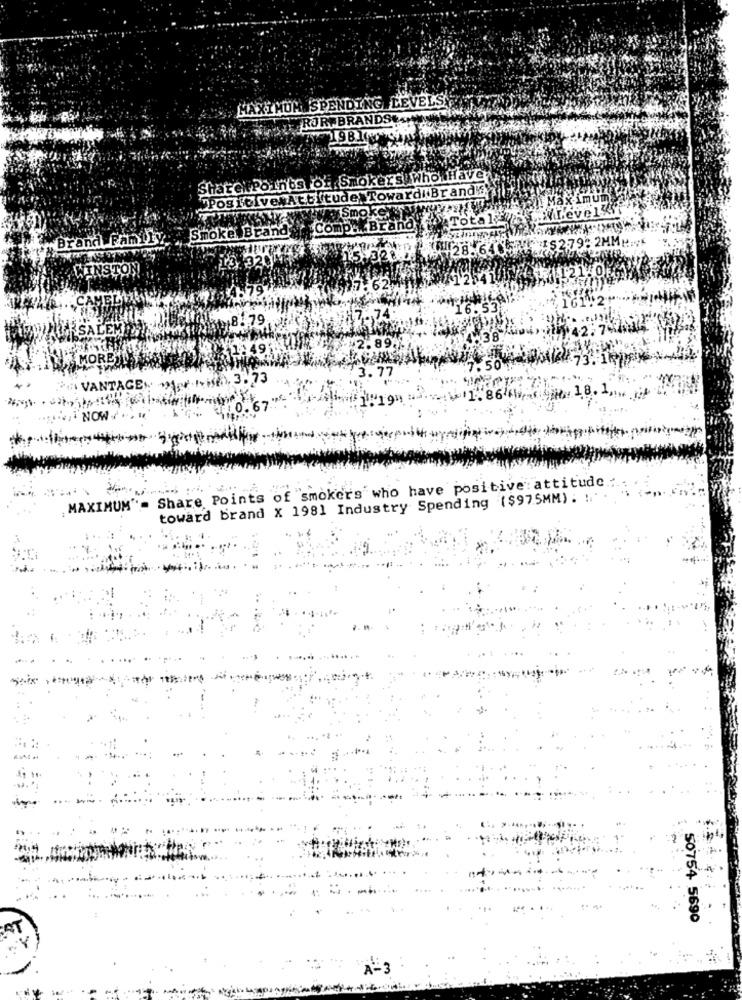
MAXIMUM SPENDING LEVELS
RORYBRANDSŁAM
11981
Sharek Points Of Smokers who Have;
FPositive Attitude TowardliBrandi
Levelys
Total
Smoke Brand
Compa. Brand
Brand Family
15.32028.6405 75
79:2MMM ::
WINSTON
1 8. 79
4.38
:49
2.89
3.77
7.50
ANTAGE: +46). 3. 73
1.86
LOW
MAXIMUM"_ Share Points of smokers who have positive attitude
toward brand X 1981 Industry Spending ($975MM) . ... .
50754 5690